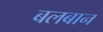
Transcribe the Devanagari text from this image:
बलबान